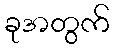
ခုအတွက်